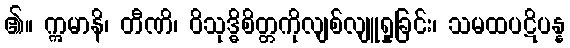
၏။ ဣမာနိ၊ တီဏိ၊ ဝိသုဒ္ဓိစိတ္တကိုလျစ်လျူရှုခြင်း၊ သမထပဋိပန္န